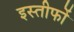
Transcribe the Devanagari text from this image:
इस्तीफों